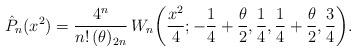
LaTeX: \begin{align*}\hat{P}_{n}(x^{2})=\frac{4^{n}}{n!\,(\theta)_{2n}}\, W_{n}\!\left(\frac{x^{2}}{4};-\frac{1}{4}+\frac{\theta}{2},\frac{1}{4},\frac{1}{4}+\frac{\theta}{2},\frac{3}{4}\right)\!.\end{align*}